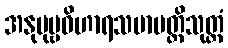
အနုပုဗ္ဗဝိဟာရသမာပတ္တိသုတ္တံ